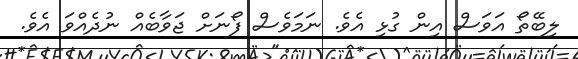
ލިބޭތޯ އަވަސް އިން ގުޅި އެވެ. ނަމަވެސް ފޯނަށް ޖަވާބެއް ނުދެއްވަ އެވެ.